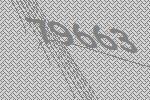
79663